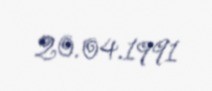
20.04.1991